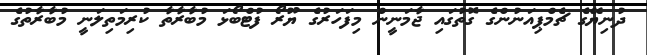
ދުނިޔޭގެ ޗެމްޕިއަނުންގެ ގޮތުގައި ޖާމަނީން މިފަހަރުގެ ޔޫރޯ ފުޓްބޯޅަ މުބާރާތާ ކުރިމަތިލަނީ މުބާރާތުގެ